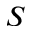
S